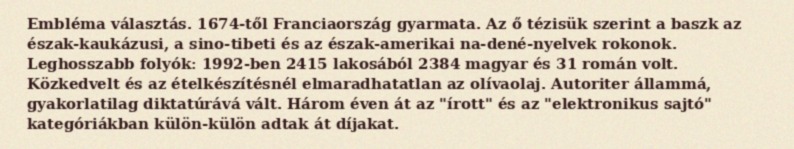
Embléma választás. 1674-től Franciaország gyarmata. Az ő tézisük szerint a baszk az észak-kaukázusi, a sino-tibeti és az észak-amerikai na-dené-nyelvek rokonok. Leghosszabb folyók: 1992-ben 2415 lakosából 2384 magyar és 31 román volt. Közkedvelt és az ételkészítésnél elmaradhatatlan az olívaolaj. Autoriter állammá, gyakorlatilag diktatúrává vált. Három éven át az "írott" és az "elektronikus sajtó" kategóriákban külön-külön adtak át díjakat.